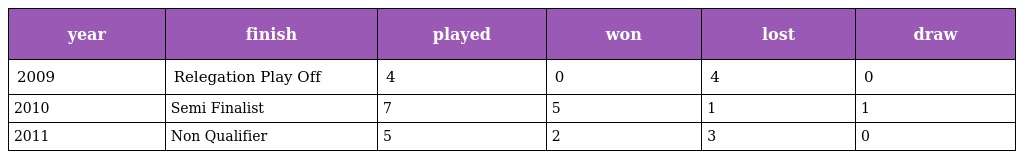
| year | finish | played | won | lost | draw |
 | --- | --- | --- | --- | --- | --- |
 | 2009 | Relegation Play Off | 4 | 0 | 4 | 0 |
 | 2010 | Semi Finalist | 7 | 5 | 1 | 1 |
 | 2011 | Non Qualifier | 5 | 2 | 3 | 0 |